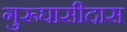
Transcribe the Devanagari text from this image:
गुरूघासीदास